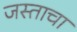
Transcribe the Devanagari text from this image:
जस्ताचा